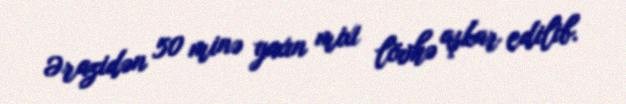
Ərazidən 50 minə yaxın mixi lövhə aşkar edilib.